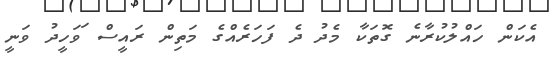
އެކަން ހައްލުކުރާނެ ގޮތަކާ މެދު ދެ ފަހަރެއްގެ މަތިން ރައީސް ަވަހީދު ވަނީ